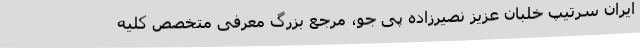
ایران سرتیپ خلبان عزیز نصیرزاده پی جو، مرجع بزرگ معرفی متخصص کلیه